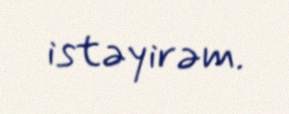
istəyirəm.